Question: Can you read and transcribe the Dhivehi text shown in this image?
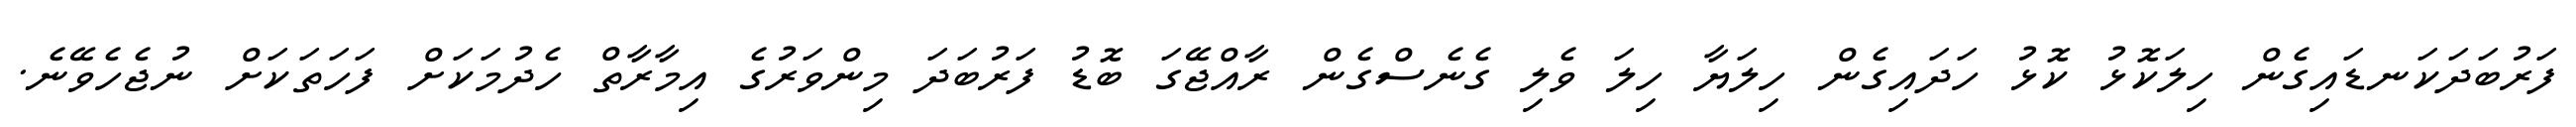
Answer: ފަރުބަދަކަނޑައިގެން ހިލަކޮޅު ކޮޅު ހަދައިގެން ހިލަޔާ ހިލަ ވެލި ގެނެސްގެން ރާއްޖޭގަ ބޮޑު ފަރުބަދަ މިންވަރުގެ އިމާރާތް ހެދުމަކަށް ފަހަތަކަށް ނުޖެހެވޭނެ.